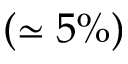
( \simeq 5 \% )